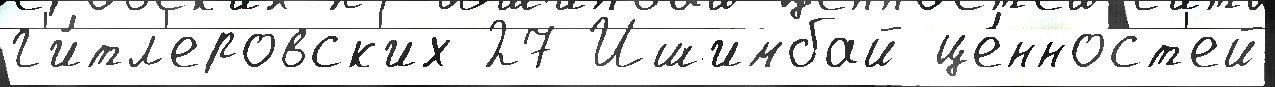
г'и́тл'еровск'их 27 Ишимбай це́нност'ей